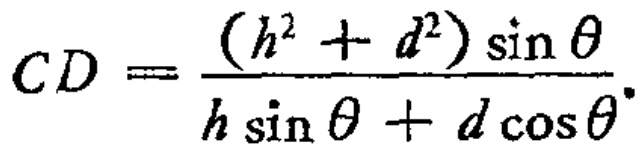
\[
CD = \frac{(h^{2}+d^{2})\sin\theta}{h\sin\theta + d\cos\theta}.
\]